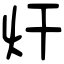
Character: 㶥